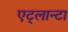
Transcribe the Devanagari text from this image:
एट्लान्टा